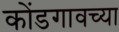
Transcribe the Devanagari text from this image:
कोंडगावच्या